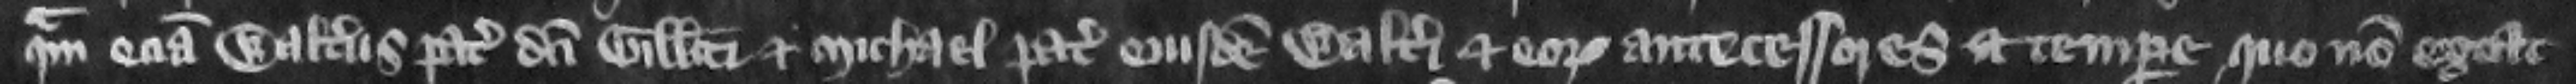
quam eciam Walterus pater dicti Gilberti et Michael pater eiusdem Walteri et eorum antecessores a tempore quo non extat